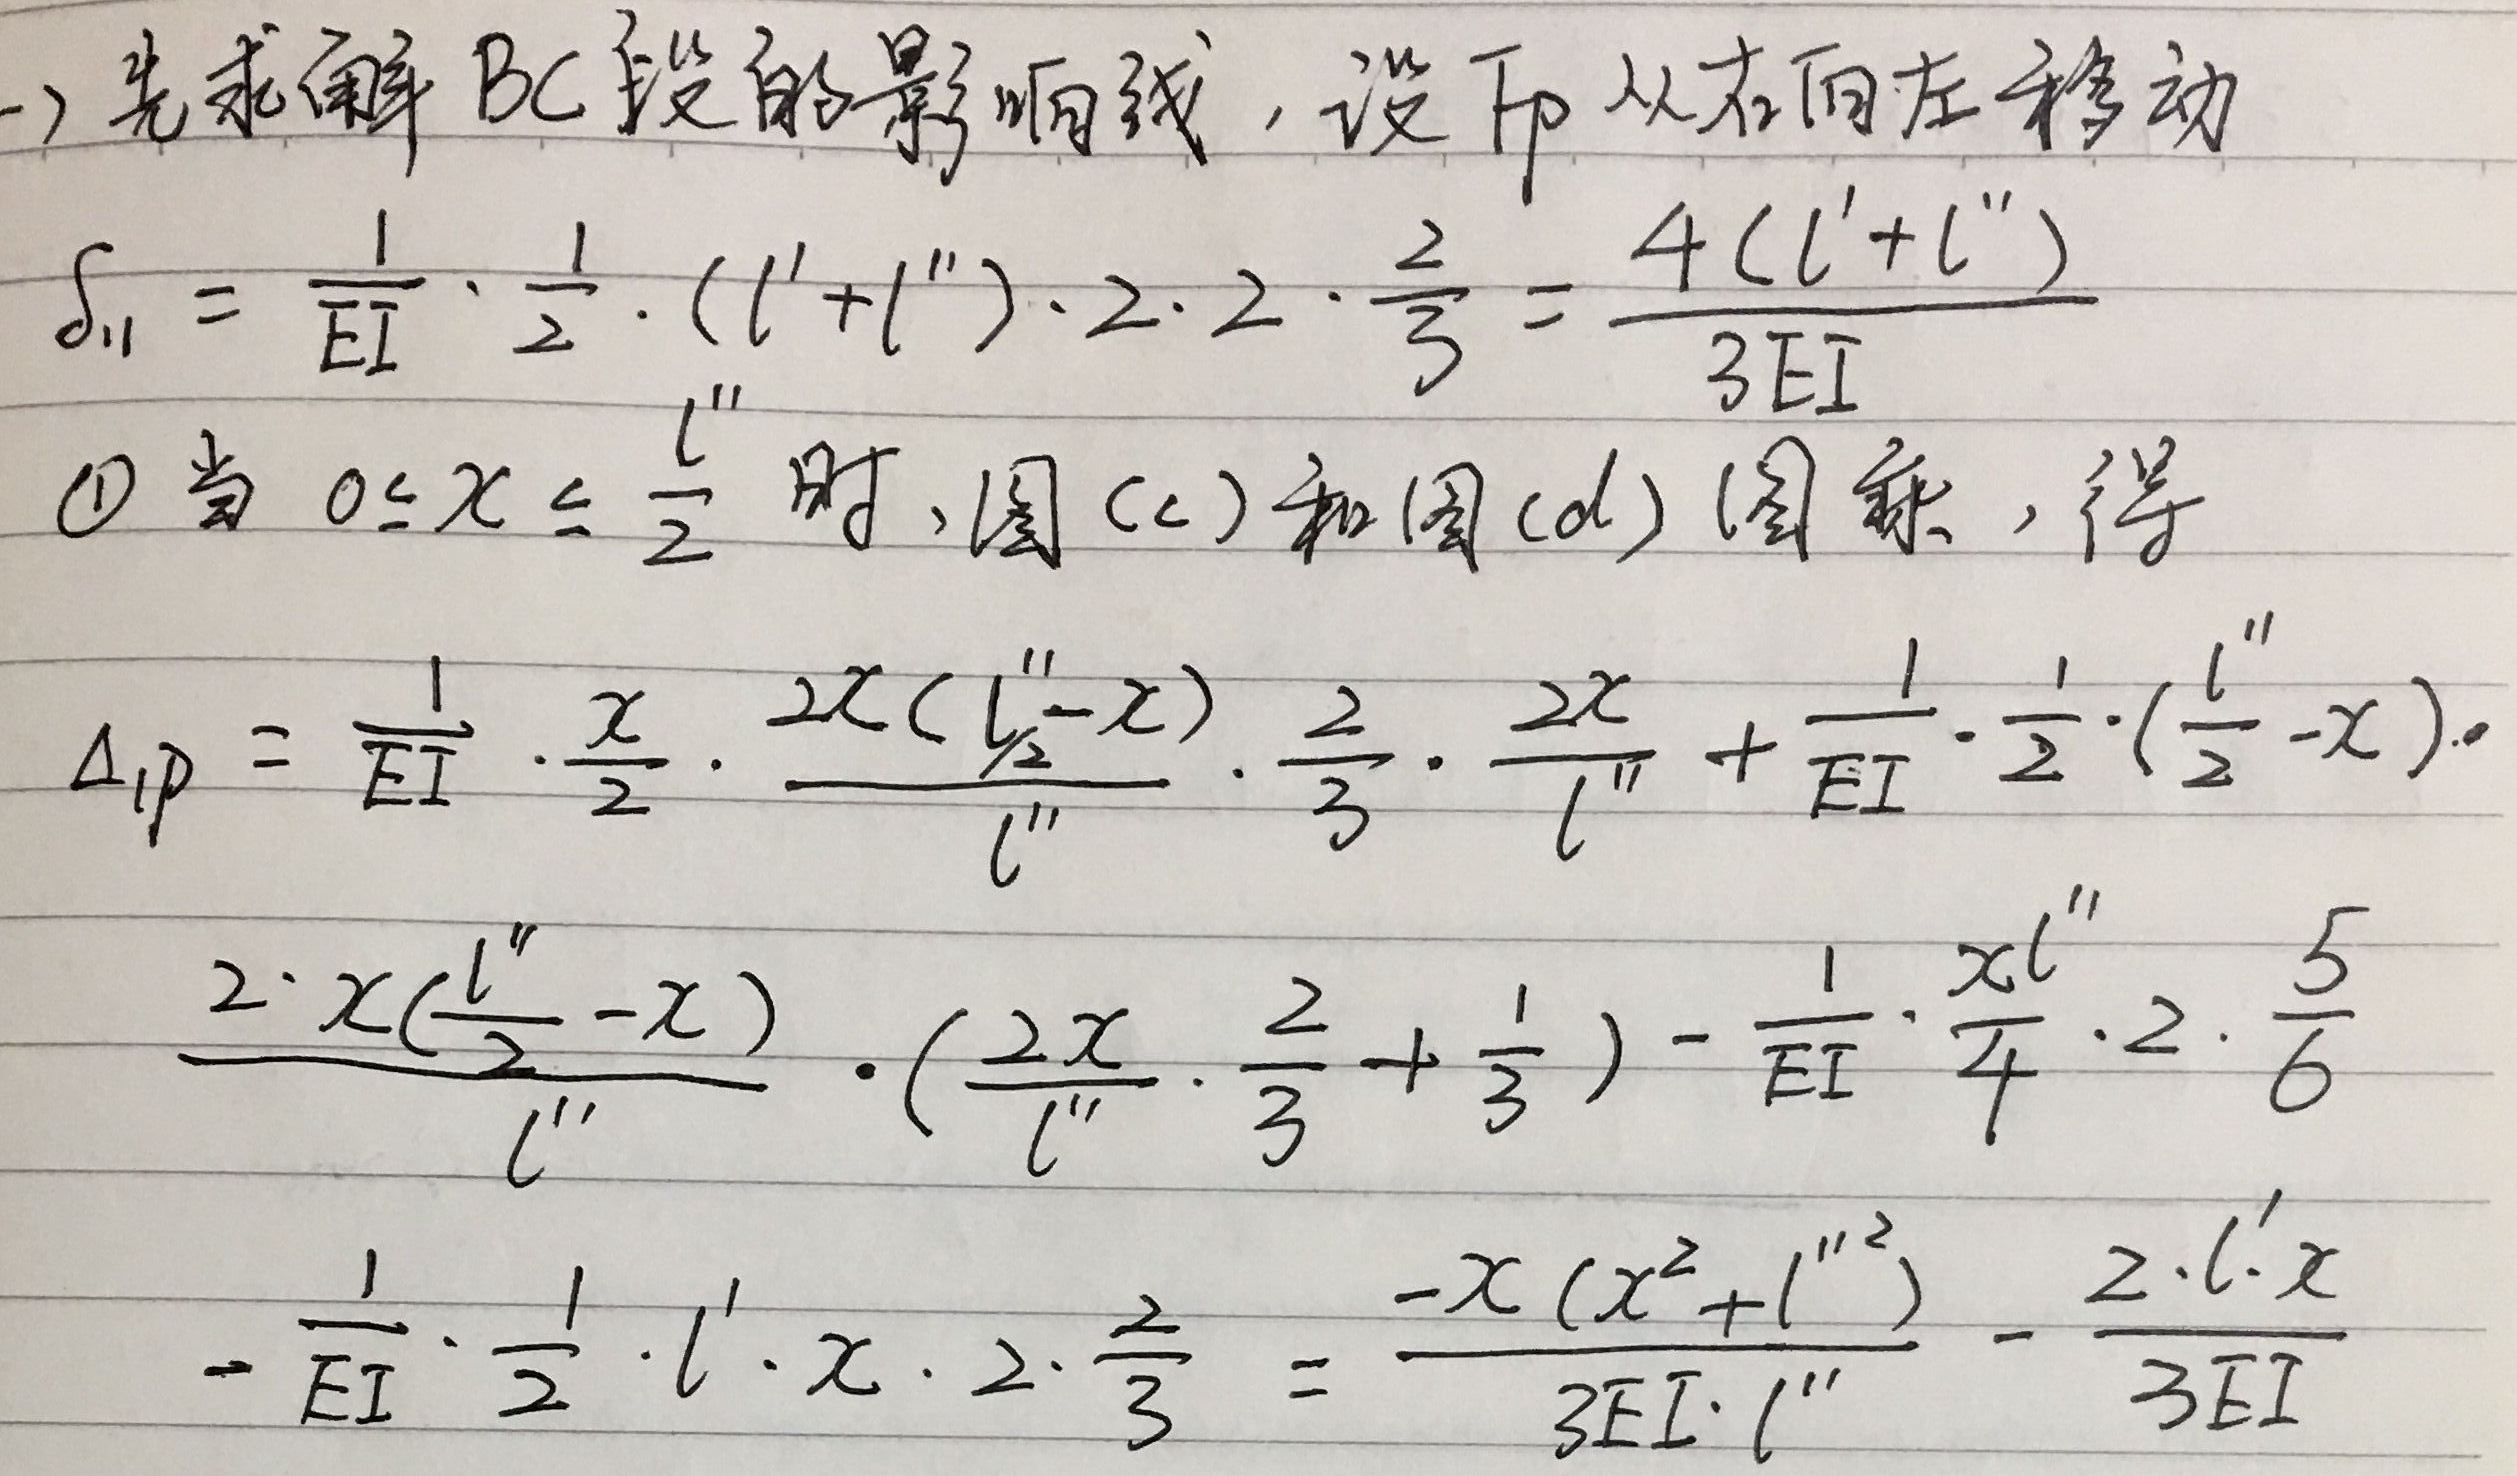
一) 先求解 $BC$ 段的影响线，设 $P$ 从右向左移动
\[
S_{11}=\frac{1}{EI}\cdot\frac{1}{2}\cdot(l'+l'')\cdot2\cdot2\cdot\frac{2}{3}=\frac{4(l'+l'')}{3EI}
\]
\textcircled{1} 当 $0\leq x\leq\frac{l''}{2}$ 时，如图 (c) 和图 (d) 所示，得
\[
\begin{align*}
\Delta_{1P}&=\frac{1}{EI}\cdot\frac{x}{2}\cdot\frac{2x(\frac{l''}{2}-x)}{l''}\cdot\frac{2}{3}\cdot\frac{2x}{l''}+\frac{1}{EI}\cdot\frac{1}{2}\cdot(\frac{l''}{2}-x)\cdot\frac{2\cdot x(\frac{l''}{2}-x)}{l''}\cdot(\frac{2x}{l''}\cdot\frac{2}{3}+\frac{1}{3})\\
&\quad-\frac{1}{EI}\cdot\frac{x l''}{4}\cdot2\cdot\frac{5}{6}-\frac{1}{EI}\cdot\frac{1}{2}\cdot l'\cdot x\cdot2\cdot\frac{2}{3}\\
&=\frac{-x(x^{2}+l''^{2})}{3EI\cdot l''}-\frac{2\cdot l'\cdot x}{3EI}
\end{align*}
\]